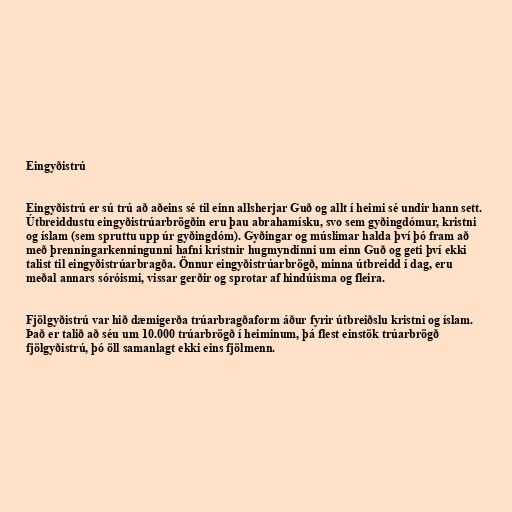
Eingyðistrú

Eingyðistrú er sú trú að aðeins sé til einn allsherjar Guð og allt í heimi sé undir hann sett.
Útbreiddustu eingyðistrúarbrögðin eru þau abrahamísku, svo sem gyðingdómur, kristni
og íslam (sem spruttu upp úr gyðingdóm). Gyðingar og múslimar halda því þó fram að
með þrenningarkenningunni hafni kristnir hugmyndinni um einn Guð og geti því ekki
talist til eingyðistrúarbragða. Önnur eingyðistrúarbrögð, minna útbreidd í dag, eru
meðal annars sóróismi, vissar gerðir og sprotar af hindúisma og fleira.

Fjölgyðistrú var hið dæmigerða trúarbragðaform áður fyrir útbreiðslu kristni og íslam.
Það er talið að séu um 10.000 trúarbrögð í heiminum, þá flest einstök trúarbrögð
fjölgyðistrú, þó öll samanlagt ekki eins fjölmenn.